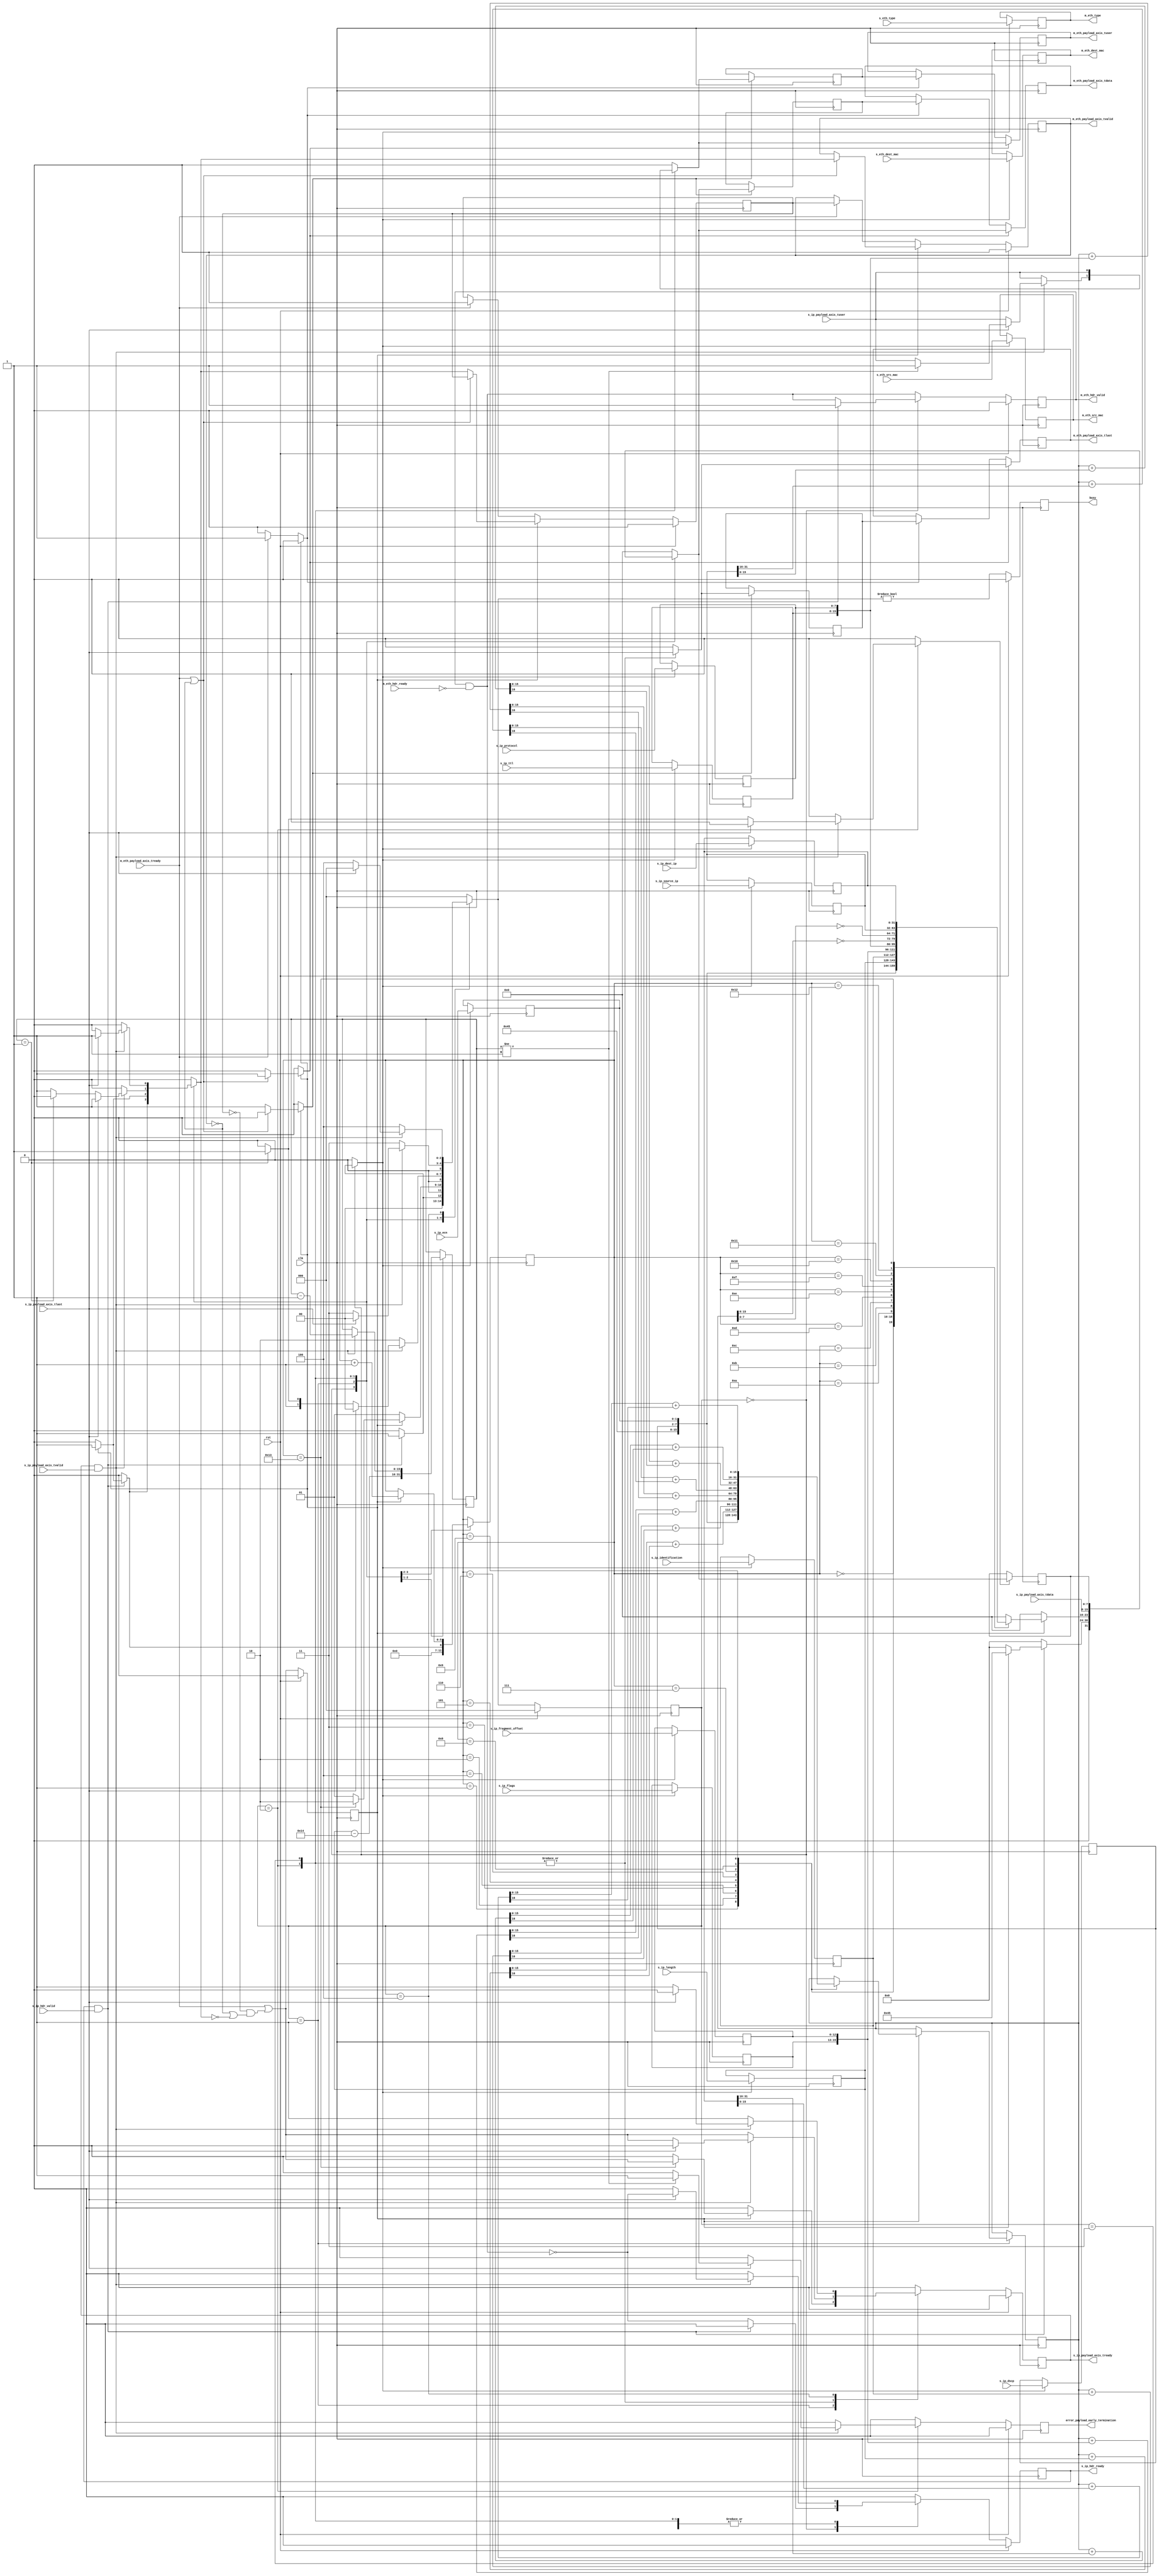
/*

Copyright (c) 2014-2018 Alex Forencich

Permission is hereby granted, free of charge, to any person obtaining a copy
of this software and associated documentation files (the "Software"), to deal
in the Software without restriction, including without limitation the rights
to use, copy, modify, merge, publish, distribute, sublicense, and/or sell
copies of the Software, and to permit persons to whom the Software is
furnished to do so, subject to the following conditions:

The above copyright notice and this permission notice shall be included in
all copies or substantial portions of the Software.

THE SOFTWARE IS PROVIDED "AS IS", WITHOUT WARRANTY OF ANY KIND, EXPRESS OR
IMPLIED, INCLUDING BUT NOT LIMITED TO THE WARRANTIES OF MERCHANTABILITY
FITNESS FOR A PARTICULAR PURPOSE AND NONINFRINGEMENT. IN NO EVENT SHALL THE
AUTHORS OR COPYRIGHT HOLDERS BE LIABLE FOR ANY CLAIM, DAMAGES OR OTHER
LIABILITY, WHETHER IN AN ACTION OF CONTRACT, TORT OR OTHERWISE, ARISING FROM,
OUT OF OR IN CONNECTION WITH THE SOFTWARE OR THE USE OR OTHER DEALINGS IN
THE SOFTWARE.

*/

// Language: Verilog 2001

`resetall
`timescale 1ns / 1ps
`default_nettype none

/*
 * IP ethernet frame transmitter (IP frame in, Ethernet frame out)
 */
module ip_eth_tx
(
    input  wire        clk,
    input  wire        rst,

    /*
     * IP frame input
     */
    input  wire        s_ip_hdr_valid,
    output wire        s_ip_hdr_ready,
    input  wire [47:0] s_eth_dest_mac,
    input  wire [47:0] s_eth_src_mac,
    input  wire [15:0] s_eth_type,
    input  wire [5:0]  s_ip_dscp,
    input  wire [1:0]  s_ip_ecn,
    input  wire [15:0] s_ip_length,
    input  wire [15:0] s_ip_identification,
    input  wire [2:0]  s_ip_flags,
    input  wire [12:0] s_ip_fragment_offset,
    input  wire [7:0]  s_ip_ttl,
    input  wire [7:0]  s_ip_protocol,
    input  wire [31:0] s_ip_source_ip,
    input  wire [31:0] s_ip_dest_ip,
    input  wire [7:0]  s_ip_payload_axis_tdata,
    input  wire        s_ip_payload_axis_tvalid,
    output wire        s_ip_payload_axis_tready,
    input  wire        s_ip_payload_axis_tlast,
    input  wire        s_ip_payload_axis_tuser,

    /*
     * Ethernet frame output
     */
    output wire        m_eth_hdr_valid,
    input  wire        m_eth_hdr_ready,
    output wire [47:0] m_eth_dest_mac,
    output wire [47:0] m_eth_src_mac,
    output wire [15:0] m_eth_type,
    output wire [7:0]  m_eth_payload_axis_tdata,
    output wire        m_eth_payload_axis_tvalid,
    input  wire        m_eth_payload_axis_tready,
    output wire        m_eth_payload_axis_tlast,
    output wire        m_eth_payload_axis_tuser,

    /*
     * Status signals
     */
    output wire        busy,
    output wire        error_payload_early_termination
);

/*

IP Frame

 Field                       Length
 Destination MAC address     6 octets
 Source MAC address          6 octets
 Ethertype (0x0800)          2 octets
 Version (4)                 4 bits
 IHL (5-15)                  4 bits
 DSCP (0)                    6 bits
 ECN (0)                     2 bits
 length                      2 octets
 identification (0?)         2 octets
 flags (010)                 3 bits
 fragment offset (0)         13 bits
 time to live (64?)          1 octet
 protocol                    1 octet
 header checksum             2 octets
 source IP                   4 octets
 destination IP              4 octets
 options                     (IHL-5)*4 octets
 payload                     length octets

This module receives an IP frame with header fields in parallel along with the
payload in an AXI stream, combines the header with the payload, passes through
the Ethernet headers, and transmits the complete Ethernet payload on an AXI
interface.

*/

localparam [2:0]
    STATE_IDLE = 3'd0,
    STATE_WRITE_HEADER = 3'd1,
    STATE_WRITE_PAYLOAD = 3'd2,
    STATE_WRITE_PAYLOAD_LAST = 3'd3,
    STATE_WAIT_LAST = 3'd4;

reg [2:0] state_reg = STATE_IDLE, state_next;

// datapath control signals
reg store_ip_hdr;
reg store_last_word;

reg [5:0] hdr_ptr_reg = 6'd0, hdr_ptr_next;
reg [15:0] word_count_reg = 16'd0, word_count_next;

reg [15:0] hdr_sum_reg = 16'd0, hdr_sum_next;

reg [7:0] last_word_data_reg = 8'd0;

reg [5:0] ip_dscp_reg = 6'd0;
reg [1:0] ip_ecn_reg = 2'd0;
reg [15:0] ip_length_reg = 16'd0;
reg [15:0] ip_identification_reg = 16'd0;
reg [2:0] ip_flags_reg = 3'd0;
reg [12:0] ip_fragment_offset_reg = 13'd0;
reg [7:0] ip_ttl_reg = 8'd0;
reg [7:0] ip_protocol_reg = 8'd0;
reg [31:0] ip_source_ip_reg = 32'd0;
reg [31:0] ip_dest_ip_reg = 32'd0;

reg s_ip_hdr_ready_reg = 1'b0, s_ip_hdr_ready_next;
reg s_ip_payload_axis_tready_reg = 1'b0, s_ip_payload_axis_tready_next;

reg m_eth_hdr_valid_reg = 1'b0, m_eth_hdr_valid_next;
reg [47:0] m_eth_dest_mac_reg = 48'd0;
reg [47:0] m_eth_src_mac_reg = 48'd0;
reg [15:0] m_eth_type_reg = 16'd0;

reg busy_reg = 1'b0;
reg error_payload_early_termination_reg = 1'b0, error_payload_early_termination_next;

// internal datapath
reg [7:0] m_eth_payload_axis_tdata_int;
reg       m_eth_payload_axis_tvalid_int;
reg       m_eth_payload_axis_tready_int_reg = 1'b0;
reg       m_eth_payload_axis_tlast_int;
reg       m_eth_payload_axis_tuser_int;
wire      m_eth_payload_axis_tready_int_early;

assign s_ip_hdr_ready = s_ip_hdr_ready_reg;
assign s_ip_payload_axis_tready = s_ip_payload_axis_tready_reg;

assign m_eth_hdr_valid = m_eth_hdr_valid_reg;
assign m_eth_dest_mac = m_eth_dest_mac_reg;
assign m_eth_src_mac = m_eth_src_mac_reg;
assign m_eth_type = m_eth_type_reg;

assign busy = busy_reg;
assign error_payload_early_termination = error_payload_early_termination_reg;

function [15:0] add1c16b;
    input [15:0] a, b;
    reg [16:0] t;
    begin
        t = a+b;
        add1c16b = t[15:0] + t[16];
    end
endfunction

always @* begin
    state_next = STATE_IDLE;

    s_ip_hdr_ready_next = 1'b0;
    s_ip_payload_axis_tready_next = 1'b0;

    store_ip_hdr = 1'b0;

    store_last_word = 1'b0;

    hdr_ptr_next = hdr_ptr_reg;
    word_count_next = word_count_reg;

    hdr_sum_next = hdr_sum_reg;

    m_eth_hdr_valid_next = m_eth_hdr_valid_reg && !m_eth_hdr_ready;

    error_payload_early_termination_next = 1'b0;

    m_eth_payload_axis_tdata_int = 8'd0;
    m_eth_payload_axis_tvalid_int = 1'b0;
    m_eth_payload_axis_tlast_int = 1'b0;
    m_eth_payload_axis_tuser_int = 1'b0;

    case (state_reg)
        STATE_IDLE: begin
            // idle state - wait for data
            hdr_ptr_next = 6'd0;
            s_ip_hdr_ready_next = !m_eth_hdr_valid_next;

            if (s_ip_hdr_ready && s_ip_hdr_valid) begin
                store_ip_hdr = 1'b1;
                s_ip_hdr_ready_next = 1'b0;
                m_eth_hdr_valid_next = 1'b1;
                if (m_eth_payload_axis_tready_int_reg) begin
                    m_eth_payload_axis_tvalid_int = 1'b1;
                    m_eth_payload_axis_tdata_int = {4'd4, 4'd5}; // ip_version, ip_ihl
                    hdr_ptr_next = 6'd1;
                end
                state_next = STATE_WRITE_HEADER;
            end else begin
                state_next = STATE_IDLE;
            end
        end
        STATE_WRITE_HEADER: begin
            // write header
            word_count_next = ip_length_reg - 5*4;

            if (m_eth_payload_axis_tready_int_reg) begin
                hdr_ptr_next = hdr_ptr_reg + 6'd1;
                m_eth_payload_axis_tvalid_int = 1;
                state_next = STATE_WRITE_HEADER;
                case (hdr_ptr_reg)
                    6'h00: begin
                        m_eth_payload_axis_tdata_int = {4'd4, 4'd5}; // ip_version, ip_ihl
                    end
                    6'h01: begin
                        m_eth_payload_axis_tdata_int = {ip_dscp_reg, ip_ecn_reg};
                        hdr_sum_next = {4'd4, 4'd5, ip_dscp_reg, ip_ecn_reg};
                    end
                    6'h02: begin
                        m_eth_payload_axis_tdata_int = ip_length_reg[15: 8];
                        hdr_sum_next = add1c16b(hdr_sum_reg, ip_length_reg);
                    end
                    6'h03: begin
                        m_eth_payload_axis_tdata_int = ip_length_reg[ 7: 0];
                        hdr_sum_next = add1c16b(hdr_sum_reg, ip_identification_reg);
                    end
                    6'h04: begin
                        m_eth_payload_axis_tdata_int = ip_identification_reg[15: 8];
                        hdr_sum_next = add1c16b(hdr_sum_reg, {ip_flags_reg, ip_fragment_offset_reg});
                    end
                    6'h05: begin
                        m_eth_payload_axis_tdata_int = ip_identification_reg[ 7: 0];
                        hdr_sum_next = add1c16b(hdr_sum_reg, {ip_ttl_reg, ip_protocol_reg});
                    end
                    6'h06: begin
                        m_eth_payload_axis_tdata_int = {ip_flags_reg, ip_fragment_offset_reg[12:8]};
                        hdr_sum_next = add1c16b(hdr_sum_reg, ip_source_ip_reg[31:16]);
                    end
                    6'h07: begin
                        m_eth_payload_axis_tdata_int = ip_fragment_offset_reg[ 7: 0];
                        hdr_sum_next = add1c16b(hdr_sum_reg, ip_source_ip_reg[15:0]);
                    end
                    6'h08: begin
                        m_eth_payload_axis_tdata_int = ip_ttl_reg;
                        hdr_sum_next = add1c16b(hdr_sum_reg, ip_dest_ip_reg[31:16]);
                    end
                    6'h09: begin
                        m_eth_payload_axis_tdata_int = ip_protocol_reg;
                        hdr_sum_next = add1c16b(hdr_sum_reg, ip_dest_ip_reg[15:0]);
                    end
                    6'h0A: m_eth_payload_axis_tdata_int = ~hdr_sum_reg[15: 8];
                    6'h0B: m_eth_payload_axis_tdata_int = ~hdr_sum_reg[ 7: 0];
                    6'h0C: m_eth_payload_axis_tdata_int = ip_source_ip_reg[31:24];
                    6'h0D: m_eth_payload_axis_tdata_int = ip_source_ip_reg[23:16];
                    6'h0E: m_eth_payload_axis_tdata_int = ip_source_ip_reg[15: 8];
                    6'h0F: m_eth_payload_axis_tdata_int = ip_source_ip_reg[ 7: 0];
                    6'h10: m_eth_payload_axis_tdata_int = ip_dest_ip_reg[31:24];
                    6'h11: m_eth_payload_axis_tdata_int = ip_dest_ip_reg[23:16];
                    6'h12: m_eth_payload_axis_tdata_int = ip_dest_ip_reg[15: 8];
                    6'h13: begin
                        m_eth_payload_axis_tdata_int = ip_dest_ip_reg[ 7: 0];
                        s_ip_payload_axis_tready_next = m_eth_payload_axis_tready_int_early;
                        state_next = STATE_WRITE_PAYLOAD;
                    end
                endcase
            end else begin
                state_next = STATE_WRITE_HEADER;
            end
        end
        STATE_WRITE_PAYLOAD: begin
            // write payload
            s_ip_payload_axis_tready_next = m_eth_payload_axis_tready_int_early;

            m_eth_payload_axis_tdata_int = s_ip_payload_axis_tdata;
            m_eth_payload_axis_tlast_int = s_ip_payload_axis_tlast;
            m_eth_payload_axis_tuser_int = s_ip_payload_axis_tuser;

            if (s_ip_payload_axis_tready && s_ip_payload_axis_tvalid) begin
                // word transfer through
                word_count_next = word_count_reg - 6'd1;
                m_eth_payload_axis_tvalid_int = 1'b1;
                if (s_ip_payload_axis_tlast) begin
                    if (word_count_reg != 16'd1) begin
                        // end of frame, but length does not match
                        m_eth_payload_axis_tuser_int = 1'b1;
                        error_payload_early_termination_next = 1'b1;
                    end
                    s_ip_hdr_ready_next = !m_eth_hdr_valid_next;
                    s_ip_payload_axis_tready_next = 1'b0;
                    state_next = STATE_IDLE;
                end else begin
                    if (word_count_reg == 16'd1) begin
                        store_last_word = 1'b1;
                        m_eth_payload_axis_tvalid_int = 1'b0;
                        state_next = STATE_WRITE_PAYLOAD_LAST;
                    end else begin
                        state_next = STATE_WRITE_PAYLOAD;
                    end
                end
            end else begin
                state_next = STATE_WRITE_PAYLOAD;
            end
        end
        STATE_WRITE_PAYLOAD_LAST: begin
            // read and discard until end of frame
            s_ip_payload_axis_tready_next = m_eth_payload_axis_tready_int_early;

            m_eth_payload_axis_tdata_int = last_word_data_reg;
            m_eth_payload_axis_tlast_int = s_ip_payload_axis_tlast;
            m_eth_payload_axis_tuser_int = s_ip_payload_axis_tuser;

            if (s_ip_payload_axis_tready && s_ip_payload_axis_tvalid) begin
                if (s_ip_payload_axis_tlast) begin
                    s_ip_hdr_ready_next = !m_eth_hdr_valid_next;
                    s_ip_payload_axis_tready_next = 1'b0;
                    m_eth_payload_axis_tvalid_int = 1'b1;
                    state_next = STATE_IDLE;
                end else begin
                    state_next = STATE_WRITE_PAYLOAD_LAST;
                end
            end else begin
                state_next = STATE_WRITE_PAYLOAD_LAST;
            end
        end
        STATE_WAIT_LAST: begin
            // read and discard until end of frame
            s_ip_payload_axis_tready_next = 1'b1;

            if (s_ip_payload_axis_tready && s_ip_payload_axis_tvalid) begin
                if (s_ip_payload_axis_tlast) begin
                    s_ip_hdr_ready_next = !m_eth_hdr_valid_next;
                    s_ip_payload_axis_tready_next = 1'b0;
                    state_next = STATE_IDLE;
                end else begin
                    state_next = STATE_WAIT_LAST;
                end
            end else begin
                state_next = STATE_WAIT_LAST;
            end
        end
    endcase
end

always @(posedge clk) begin
    if (rst) begin
        state_reg <= STATE_IDLE;
        s_ip_hdr_ready_reg <= 1'b0;
        s_ip_payload_axis_tready_reg <= 1'b0;
        m_eth_hdr_valid_reg <= 1'b0;
        busy_reg <= 1'b0;
        error_payload_early_termination_reg <= 1'b0;
    end else begin
        state_reg <= state_next;

        s_ip_hdr_ready_reg <= s_ip_hdr_ready_next;
        s_ip_payload_axis_tready_reg <= s_ip_payload_axis_tready_next;

        m_eth_hdr_valid_reg <= m_eth_hdr_valid_next;

        busy_reg <= state_next != STATE_IDLE;

        error_payload_early_termination_reg <= error_payload_early_termination_next;
    end

    hdr_ptr_reg <= hdr_ptr_next;
    word_count_reg <= word_count_next;

    hdr_sum_reg <= hdr_sum_next;

    // datapath
    if (store_ip_hdr) begin
        m_eth_dest_mac_reg <= s_eth_dest_mac;
        m_eth_src_mac_reg <= s_eth_src_mac;
        m_eth_type_reg <= s_eth_type;
        ip_dscp_reg <= s_ip_dscp;
        ip_ecn_reg <= s_ip_ecn;
        ip_length_reg <= s_ip_length;
        ip_identification_reg <= s_ip_identification;
        ip_flags_reg <= s_ip_flags;
        ip_fragment_offset_reg <= s_ip_fragment_offset;
        ip_ttl_reg <= s_ip_ttl;
        ip_protocol_reg <= s_ip_protocol;
        ip_source_ip_reg <= s_ip_source_ip;
        ip_dest_ip_reg <= s_ip_dest_ip;
    end

    if (store_last_word) begin
        last_word_data_reg <= m_eth_payload_axis_tdata_int;
    end
end

// output datapath logic
reg [7:0] m_eth_payload_axis_tdata_reg = 8'd0;
reg       m_eth_payload_axis_tvalid_reg = 1'b0, m_eth_payload_axis_tvalid_next;
reg       m_eth_payload_axis_tlast_reg = 1'b0;
reg       m_eth_payload_axis_tuser_reg = 1'b0;

reg [7:0] temp_m_eth_payload_axis_tdata_reg = 8'd0;
reg       temp_m_eth_payload_axis_tvalid_reg = 1'b0, temp_m_eth_payload_axis_tvalid_next;
reg       temp_m_eth_payload_axis_tlast_reg = 1'b0;
reg       temp_m_eth_payload_axis_tuser_reg = 1'b0;

// datapath control
reg store_eth_payload_int_to_output;
reg store_eth_payload_int_to_temp;
reg store_eth_payload_axis_temp_to_output;

assign m_eth_payload_axis_tdata = m_eth_payload_axis_tdata_reg;
assign m_eth_payload_axis_tvalid = m_eth_payload_axis_tvalid_reg;
assign m_eth_payload_axis_tlast = m_eth_payload_axis_tlast_reg;
assign m_eth_payload_axis_tuser = m_eth_payload_axis_tuser_reg;

// enable ready input next cycle if output is ready or the temp reg will not be filled on the next cycle (output reg empty or no input)
assign m_eth_payload_axis_tready_int_early = m_eth_payload_axis_tready || (!temp_m_eth_payload_axis_tvalid_reg && (!m_eth_payload_axis_tvalid_reg || !m_eth_payload_axis_tvalid_int));

always @* begin
    // transfer sink ready state to source
    m_eth_payload_axis_tvalid_next = m_eth_payload_axis_tvalid_reg;
    temp_m_eth_payload_axis_tvalid_next = temp_m_eth_payload_axis_tvalid_reg;

    store_eth_payload_int_to_output = 1'b0;
    store_eth_payload_int_to_temp = 1'b0;
    store_eth_payload_axis_temp_to_output = 1'b0;
    
    if (m_eth_payload_axis_tready_int_reg) begin
        // input is ready
        if (m_eth_payload_axis_tready || !m_eth_payload_axis_tvalid_reg) begin
            // output is ready or currently not valid, transfer data to output
            m_eth_payload_axis_tvalid_next = m_eth_payload_axis_tvalid_int;
            store_eth_payload_int_to_output = 1'b1;
        end else begin
            // output is not ready, store input in temp
            temp_m_eth_payload_axis_tvalid_next = m_eth_payload_axis_tvalid_int;
            store_eth_payload_int_to_temp = 1'b1;
        end
    end else if (m_eth_payload_axis_tready) begin
        // input is not ready, but output is ready
        m_eth_payload_axis_tvalid_next = temp_m_eth_payload_axis_tvalid_reg;
        temp_m_eth_payload_axis_tvalid_next = 1'b0;
        store_eth_payload_axis_temp_to_output = 1'b1;
    end
end

always @(posedge clk) begin
    if (rst) begin
        m_eth_payload_axis_tvalid_reg <= 1'b0;
        m_eth_payload_axis_tready_int_reg <= 1'b0;
        temp_m_eth_payload_axis_tvalid_reg <= 1'b0;
    end else begin
        m_eth_payload_axis_tvalid_reg <= m_eth_payload_axis_tvalid_next;
        m_eth_payload_axis_tready_int_reg <= m_eth_payload_axis_tready_int_early;
        temp_m_eth_payload_axis_tvalid_reg <= temp_m_eth_payload_axis_tvalid_next;
    end

    // datapath
    if (store_eth_payload_int_to_output) begin
        m_eth_payload_axis_tdata_reg <= m_eth_payload_axis_tdata_int;
        m_eth_payload_axis_tlast_reg <= m_eth_payload_axis_tlast_int;
        m_eth_payload_axis_tuser_reg <= m_eth_payload_axis_tuser_int;
    end else if (store_eth_payload_axis_temp_to_output) begin
        m_eth_payload_axis_tdata_reg <= temp_m_eth_payload_axis_tdata_reg;
        m_eth_payload_axis_tlast_reg <= temp_m_eth_payload_axis_tlast_reg;
        m_eth_payload_axis_tuser_reg <= temp_m_eth_payload_axis_tuser_reg;
    end

    if (store_eth_payload_int_to_temp) begin
        temp_m_eth_payload_axis_tdata_reg <= m_eth_payload_axis_tdata_int;
        temp_m_eth_payload_axis_tlast_reg <= m_eth_payload_axis_tlast_int;
        temp_m_eth_payload_axis_tuser_reg <= m_eth_payload_axis_tuser_int;
    end
end

endmodule

`resetall